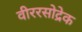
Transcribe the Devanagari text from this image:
वीररसोद्रेक